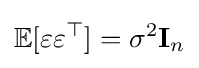
\mathbb {E} [\varepsilon \varepsilon ^{\top }]=\sigma ^{2}\mathbf {I} _{n}